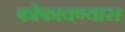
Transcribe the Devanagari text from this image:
फोफावण्यास